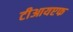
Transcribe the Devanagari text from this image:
टीआयएफ